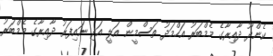
ކެންދޫ ދާއިރާގެ މެމްބަރު އަހްމަދު ތަސްމީން އަލީ އަދި ނައިފަރު ދާއިރާގެ މެމްބަރު